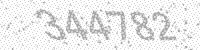
Solution: 344782